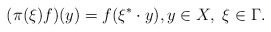
\begin{align*} (\pi(\xi)f)(y)=f(\xi^*\cdot y),y\in X,\ \xi\in\Gamma.\end{align*}